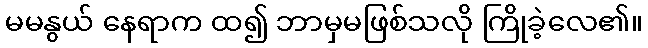
မမနွယ် နေရာက ထ၍ ဘာမှမဖြစ်သလို ကြိုခဲ့လေ၏။